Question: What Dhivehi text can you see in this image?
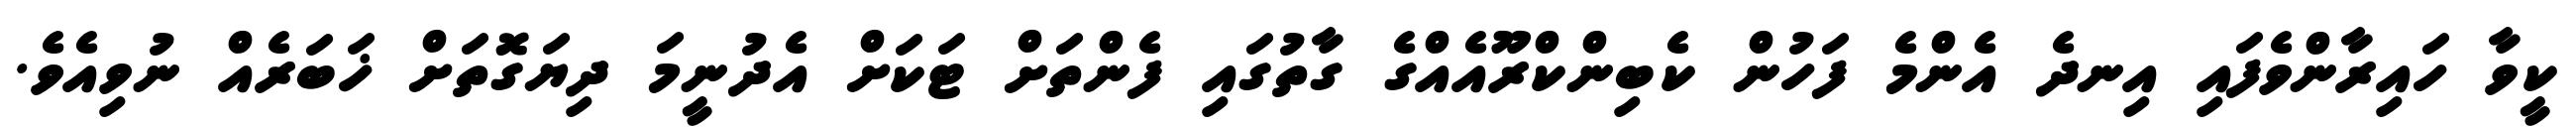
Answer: ކީވާ ހައިރާންވެފައި އިނދެ އެންމެ ފަހުން ކެބިންކްރޫއެއްގެ ގާތުގައި ފެންތަށް ޓަކަށް އެދުނީމަ ދިޔަގޮތަށް ޚަބަރެއް ނުވިއެވެ.